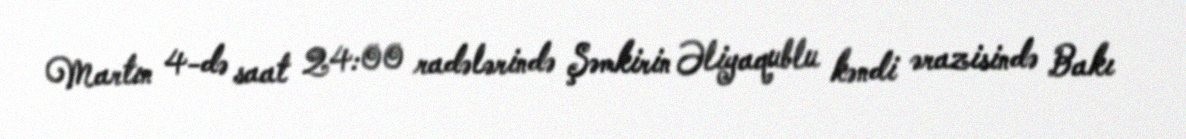
Martın 4-də saat 24:00 radələrində Şəmkirin Əliyaqublu kəndi ərazisində Bakı